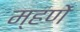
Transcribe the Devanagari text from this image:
म्हणें